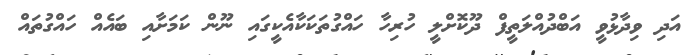
އަދި ވިދާޅުވީ އަބްދުއްލަތީފް ދޫކޮށްލީ ހުރިހާ ހައްގުތަކަކާއެކީގައި ނޫން ކަމަށާއި ބައެއް ހައްގުތައް